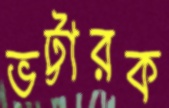
ভট্টারক